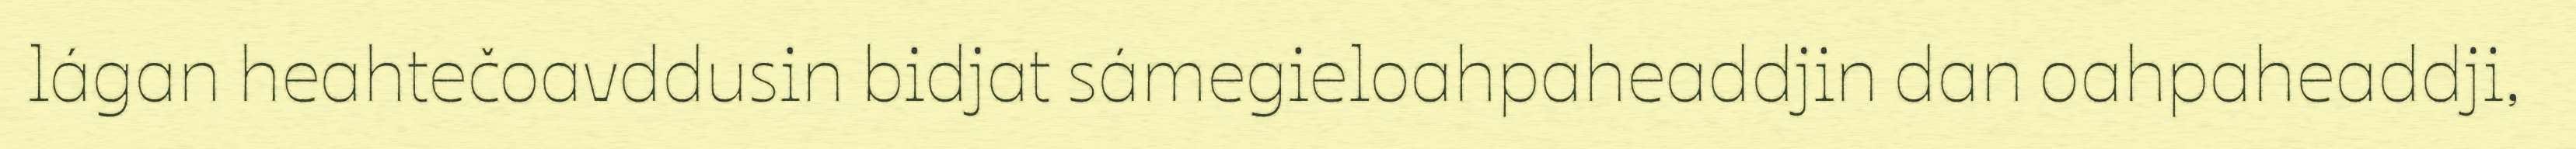
lágan heahtečoavddusin bidjat sámegieloahpaheaddjin dan oahpaheaddji,